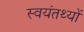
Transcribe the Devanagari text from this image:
स्वयंतथ्यों